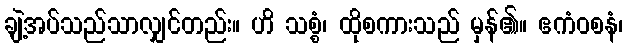
ချဲ့အပ်သည်သာလျှင်တည်း။ ဟိ သစ္စံ၊ ထိုစကားသည် မှန်၏။ ဧကံဝစနံ၊